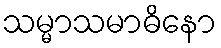
သမ္မာသမာဓိနော